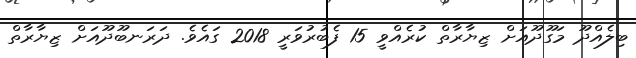
ބިލެއްދޫ މަގޫދޫއަށް ޒިޔާރާތް ކުރެއްވީ 15 ފެބުރުވަރީ 2018 ގައެވެ. ދަރަނބޫދޫއަށް ޒިޔާރާތް